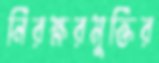
নিরক্ষরমুক্তির